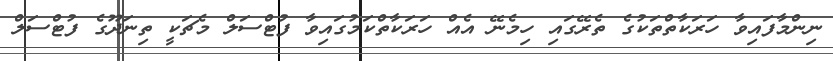
ނިންމާފައިވާ ހަރަކާތްތަކުގެ ތެރޭގައި ހިމެނޭ އެއް ހަރަކާތްކަމުގައިވާ ފުޓްސަލް މެޗަކީ ތިނަދޫގެ ފުޓްސަލް